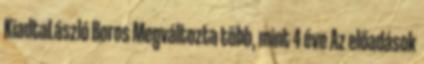
KiadtaLászló Boros Megváltozta több, mint 4 éve Az előadások